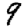
Digit: 9